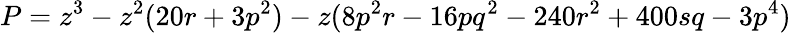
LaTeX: P=z^{3}-z^{2}(20r+3p^{2})-z(8p^{2}r-16pq^{2}-240r^{2}+400sq-3p^{4})